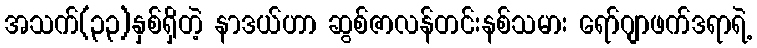
အသက်(၃၃)နှစ်ရှိတဲ့ နာဒယ်ဟာ ဆွစ်ဇာလန်တင်းနစ်သမား ရော်ဂျာဖက်ဒရာရဲ့